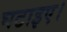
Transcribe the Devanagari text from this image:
घटाइए।